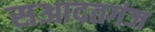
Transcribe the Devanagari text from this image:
सआदतगंज